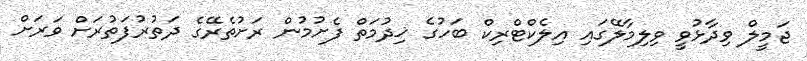
ޖަމީލް ވިދާޅުވީ ވިލިމާލޭގައި އިލެކްޓްރިކް ބަހުގެ ޚިދުމަތް ފެށުމުން ރަށުތެރޭގެ ދަތުރުފަތުރަށް ވަރަށް